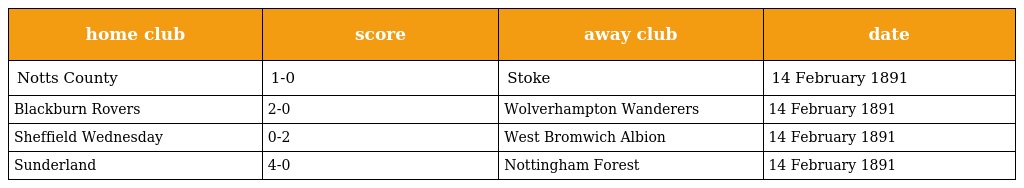
| home club | score | away club | date |
 | --- | --- | --- | --- |
 | Notts County | 1-0 | Stoke | 14 February 1891 |
 | Blackburn Rovers | 2-0 | Wolverhampton Wanderers | 14 February 1891 |
 | Sheffield Wednesday | 0-2 | West Bromwich Albion | 14 February 1891 |
 | Sunderland | 4-0 | Nottingham Forest | 14 February 1891 |